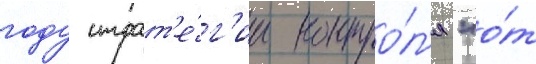
году страт'е́г'ии контро́л'я "о́т